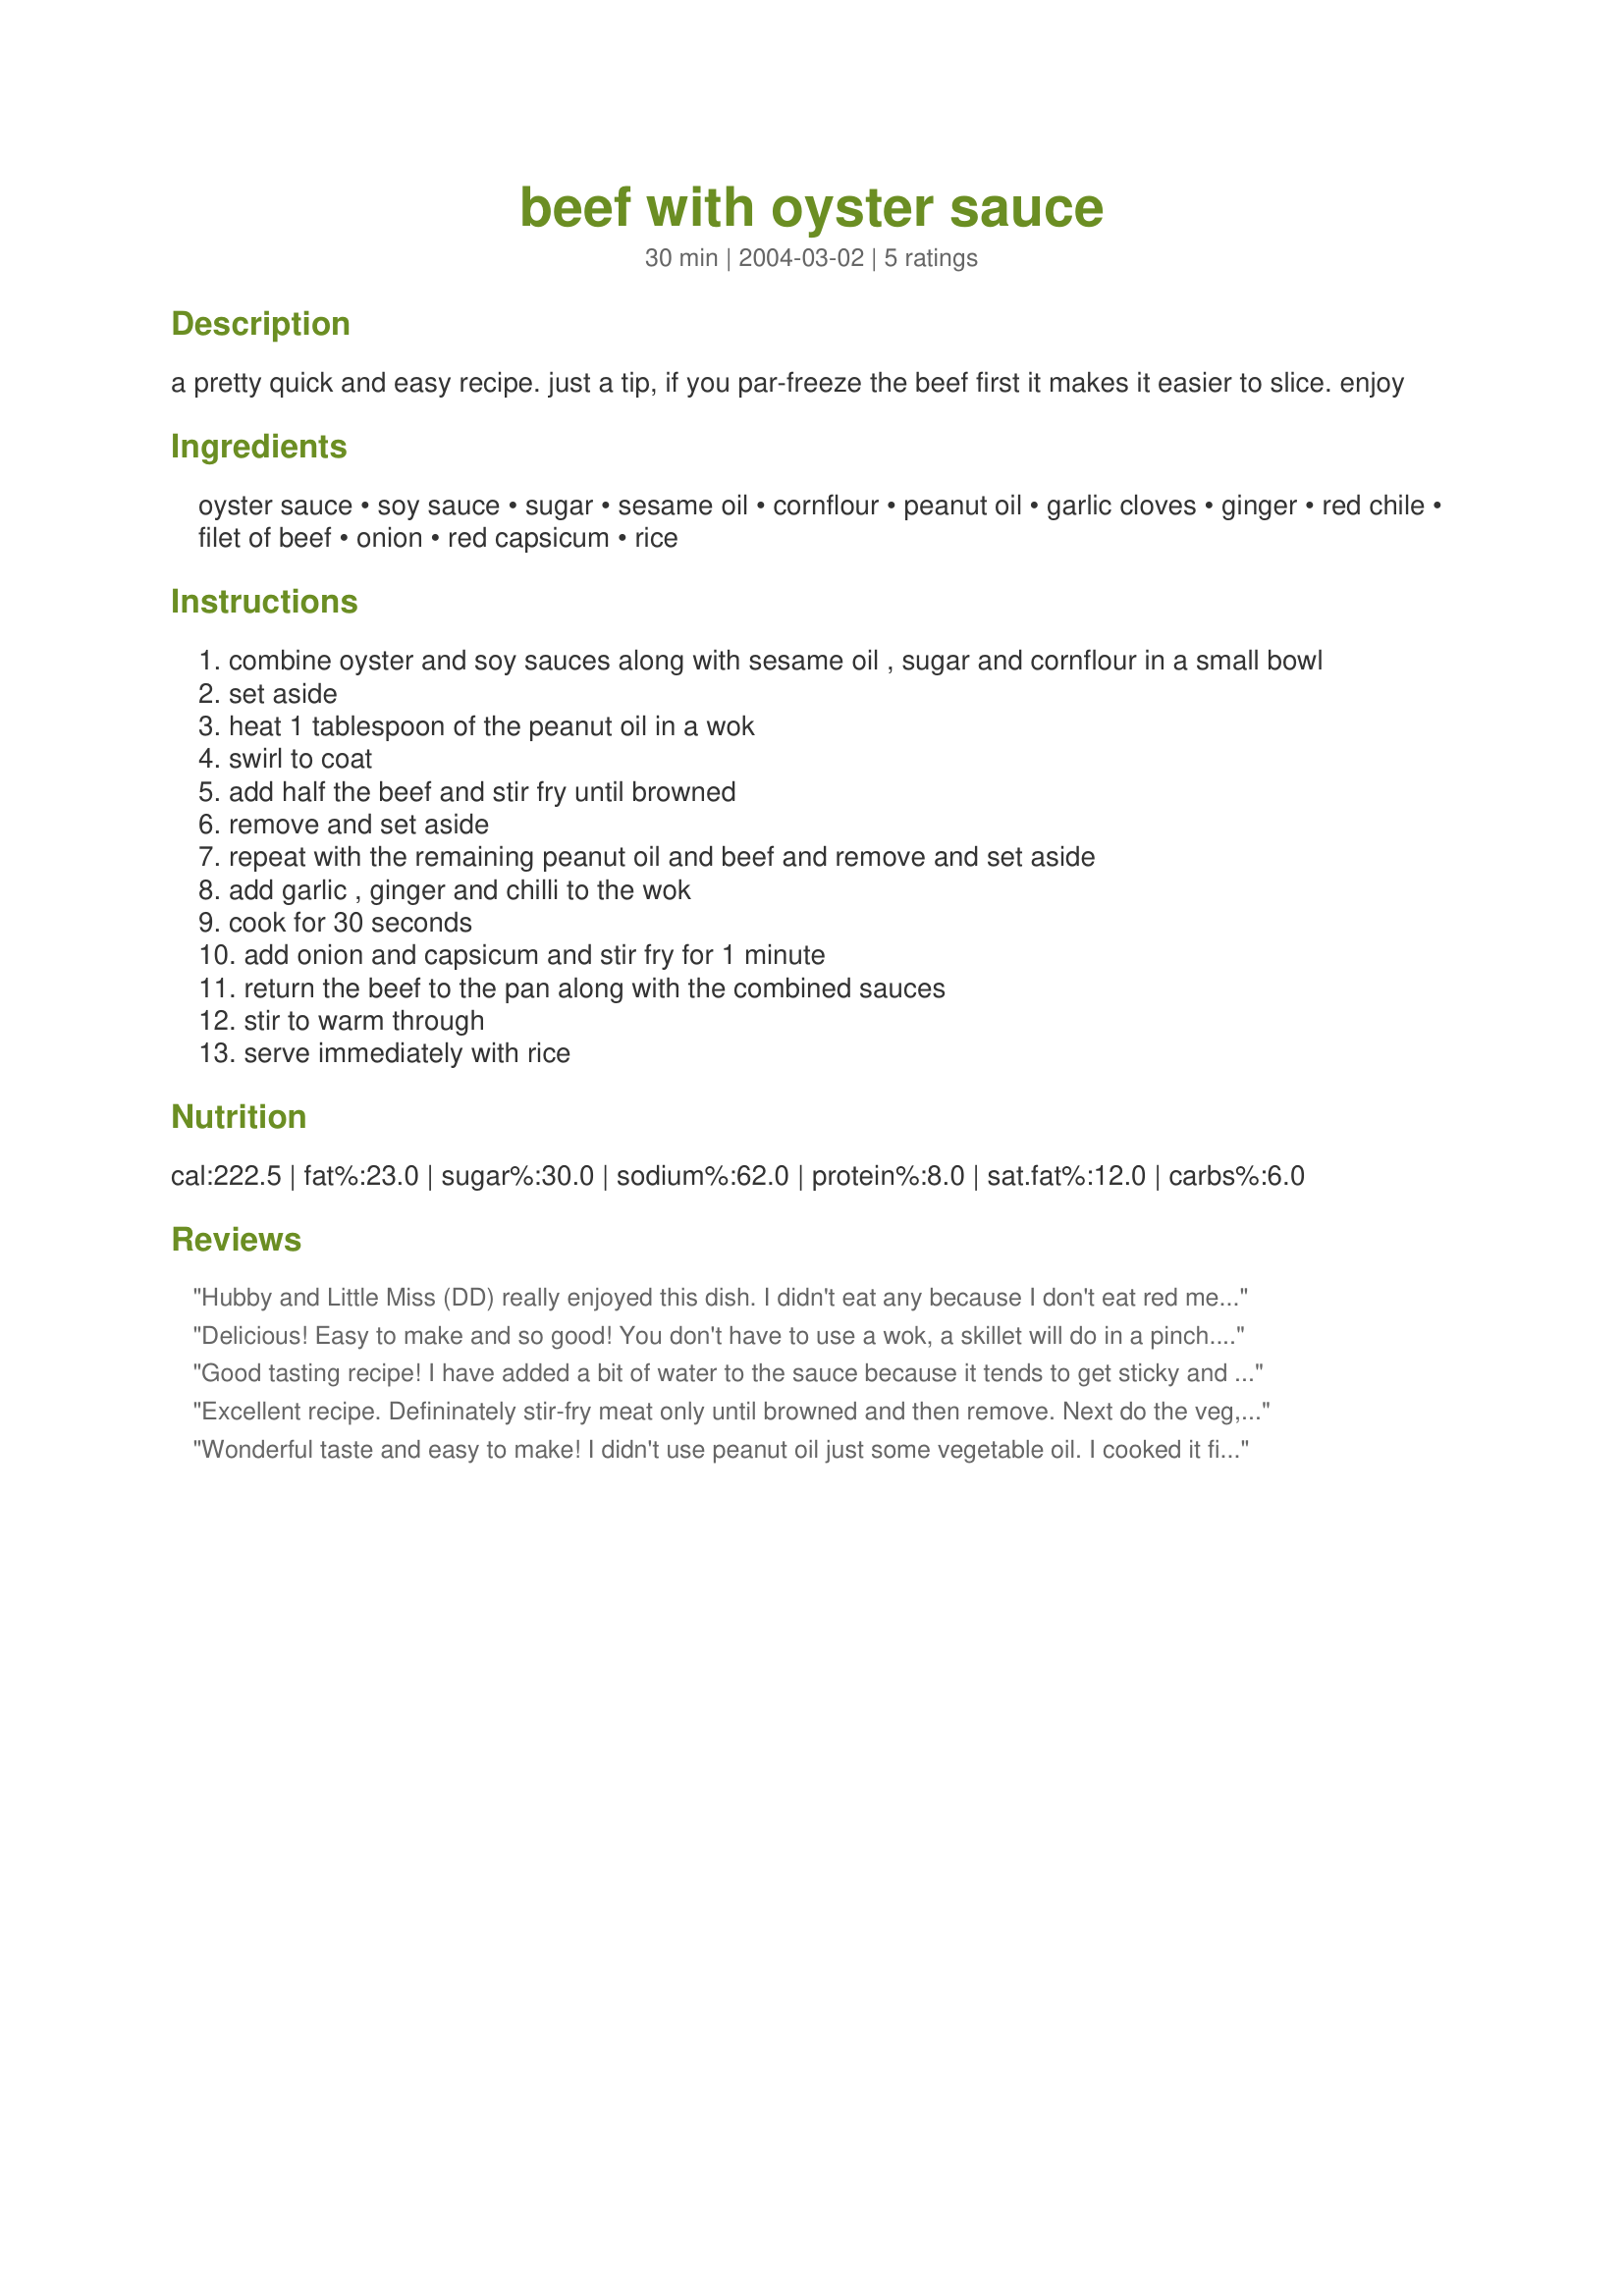
beef with oyster sauce
Preparation time: 30 minutes

a pretty quick and easy recipe. just a tip, if you par-freeze the beef first it makes it easier to slice. enjoy

Ingredients:
oyster sauce, soy sauce, sugar, sesame oil, cornflour, peanut oil, garlic cloves, ginger, red chile, filet of beef, onion, red capsicum, rice

Steps:
combine oyster and soy sauces along with sesame oil , sugar and cornflour in a small bowl
set aside
heat 1 tablespoon of the peanut oil in a wok
swirl to coat
add half the beef and stir fry until browned
remove and set aside
repeat with the remaining peanut oil and beef and remove and set aside
add garlic , ginger and chilli to the wok
cook for 30 seconds
add onion and capsicum and stir fry for 1 minute
return the beef to the pan along with the combined sauces
stir to warm through
serve immediately with rice

Reviews:
Hubby and Little Miss (DD) really enjoyed this dish. I didn't eat any because I don't eat red meat, however I can comment how quick it's to cook this recipe. I used a meat hammer to make the beef slices even thinner. I also reduced the chilli so Little Miss could also eat it. I also added green capsicums to add more colour to the dish. Thanks so much for your wonderful recipe Terese
Delicious! Easy to make and so good! You don't have to use a wok, a skillet will do in a pinch. Oddly enough, for me, I didn't change a thing, did it just the way Terese said to do it, and it was great. Give it a try.
Good tasting recipe! I have added a bit of water to the sauce because it tends to get sticky and I've also lessened the chili as I'm not very fond of spicy food. But I love this version of beef with oyster sauce.

The second time I cooked it, I added mushroom, next tme I'll try it with brocolli.
Excellent recipe. Defininately stir-fry meat only until browned and then remove. Next do the veg, and then add the meat near the end again. Omitting this will result in overly cooked , tough, beef.
Wonderful taste and easy to make! I didn't use peanut oil just some vegetable oil. I cooked it first with beef then a second time with chicken and it tasted delicious. Thanks for the great recipe!
